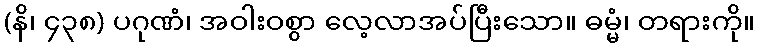
(နိ၊ ၄၃၈) ပဂုဏံ၊ အဝါးဝစွာ လေ့လာအပ်ပြီးသော။ ဓမ္မံ၊ တရားကို။